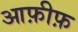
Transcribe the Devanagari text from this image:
आफ़ीफ़